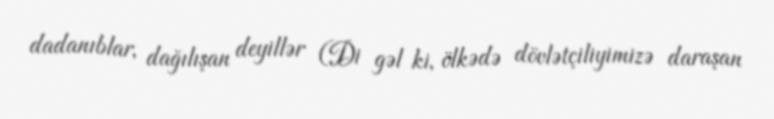
dadanıblar, dağılışan deyillər (Di gəl ki, ölkədə dövlətçiliyimizə daraşan